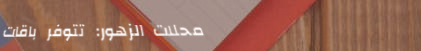
محلات الزهور: تتوفر باقات